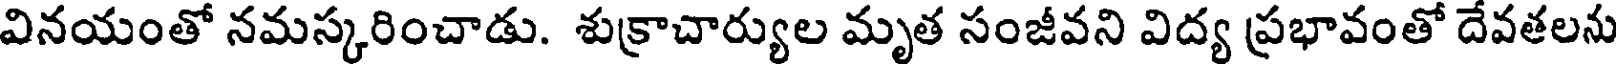
వినయంతో నమస్కరించాడు. శుక్రాచార్యుల మృత సంజీవని విద్య ప్రభావంతో దేవతలను